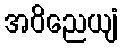
အဝိညေယျံ